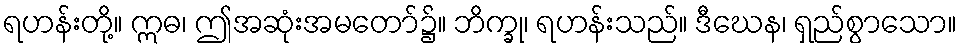
ရဟန်းတို့။ ဣဓ၊ ဤအဆုံးအမတော်၌။ ဘိက္ခု၊ ရဟန်းသည်။ ဒီဃေန၊ ရှည်စွာသော။